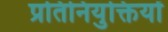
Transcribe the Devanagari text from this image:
प्रतिनियुक्तियों